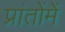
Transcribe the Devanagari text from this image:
प्रांतोंमें